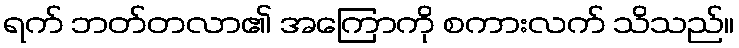
ရက် ဘတ်တလာ၏ အကြောကို စကားလက် သိသည်။